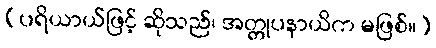
(ပရိယာယ်ဖြင့် ဆိုသည်၊ အတ္တုပနာယိက မဖြစ်။)